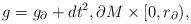
LaTeX: \begin{align*} g = g_{\partial} + dt^2 , \partial M\times [0, r_\partial ),\end{align*}